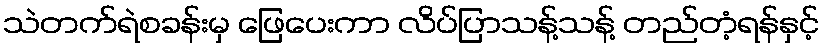
သဲတက်ရဲစခန်းမှ ဖြေပေးကာ လိပ်ပြာသန့်သန့် တည်တံ့ရန်နှင့်